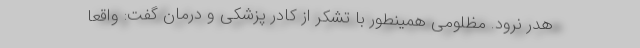
هدر نرود. مظلومی همینطور با تشکر از کادر پزشکی و درمان گفت: واقعا